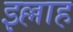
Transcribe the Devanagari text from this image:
इल्लाह